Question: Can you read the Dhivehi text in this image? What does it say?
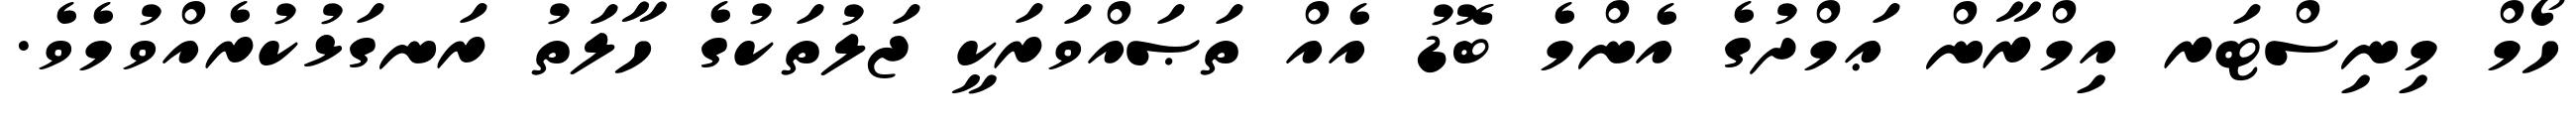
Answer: ހޯމް މިނިސްޓަރ އިމްރާން ޢަމްދުގެ އެންމެ ބޮޑު އެއް ތަޞައްވަރަކީ ޖަލުތަކުގެ ހާލަތު ރަނގަޅުކުރެއްވުމެވެ.